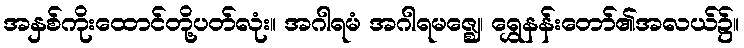
အနှစ်ကိုးထောင်တို့ပတ်လုံး။ အဂါရမံ အဂါရမဇ္ဈေ၊ ရွှေနန်းတော်၏အလယ်၌။